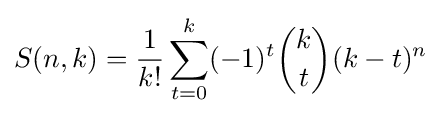
S(n,k)={\frac {1}{k!}}\sum _{t=0}^{k}(-1)^{t}{\binom {k}{t}}(k-t)^{n}